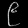
Digit: ၉